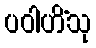
ပဝါဟိံသု